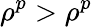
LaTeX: \rho^{p}>\rho^{p}